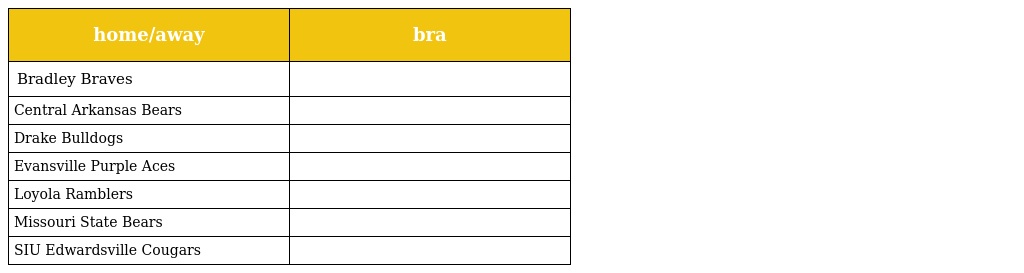
| home/away | bra |
 | --- | --- |
 | Bradley Braves |  |
 | Central Arkansas Bears |  |
 | Drake Bulldogs |  |
 | Evansville Purple Aces |  |
 | Loyola Ramblers |  |
 | Missouri State Bears |  |
 | SIU Edwardsville Cougars |  |